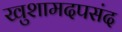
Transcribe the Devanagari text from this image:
खुशामदपसंद